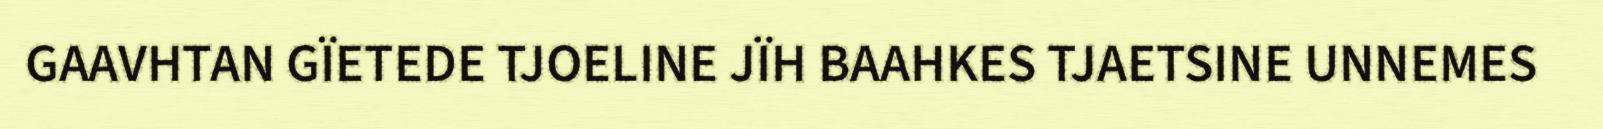
GAAVHTAN GÏETEDE TJOELINE JÏH BAAHKES TJAETSINE UNNEMES